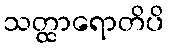
သတ္ထာရောတိပိ